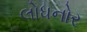
લોધનોર